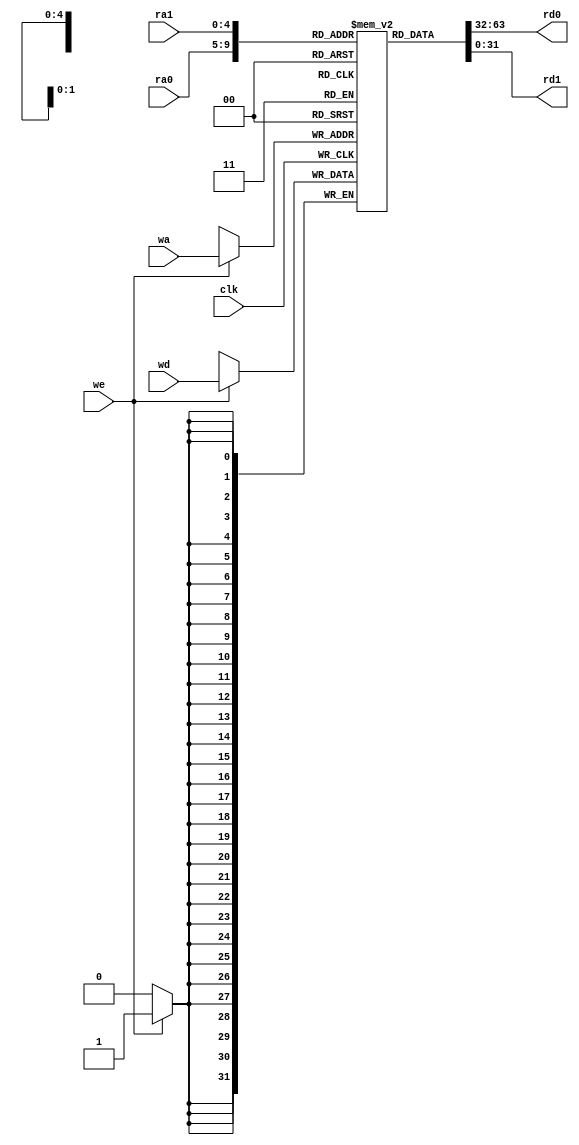
module register_file				//32 x WIDTH
#(parameter WIDTH = 32) 	//
(
input clk,						//
input [4:0] ra0,				//0
output [WIDTH-1:0] rd0, 	//0
input [4:0] ra1, 				//1
output [WIDTH-1:0] rd1, 	//1
input [4:0] wa, 				//
input we,					//
input [WIDTH-1:0] wd 		//
);
reg [WIDTH-1:0] reg_storage [0:31];
reg [WIDTH-1:0] reg_rd0, reg_rd1;
assign rd0=reg_rd0;
assign rd1=reg_rd1;
always @(*) begin
    reg_rd0=reg_storage[ra0];
    reg_rd1=reg_storage[ra1];
end
always @(posedge clk ) begin
    if(we) begin
        reg_storage[wa]<=wd;
    end
end
endmodule